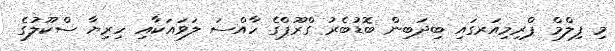
މި ފިލްމް ޕްރިމިއަރގައި ބިދަބިން ބޮޑުބެރު ގްރޫޕްގެ ހާއްސަ ލަވައަކާއި ހިރިޔާ ސްކޫލުގެ